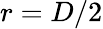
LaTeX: r=D/2